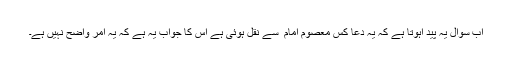
اب سوال یہ پید اہوتا ہے کہ یہ دعا کس معصوم امام ؑ سے نقل ہوئی ہے اس کا جواب یہ ہے کہ یہ امر واضح نہیں ہے۔